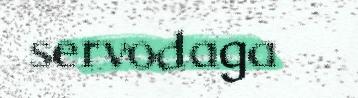
servodaga